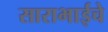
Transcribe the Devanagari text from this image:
साराभाईचे